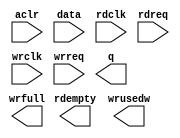
module fifo_128x128a (
	aclr,
	data,
	rdclk,
	rdreq,
	wrclk,
	wrreq,
	q,
	rdempty,
	wrfull,
	wrusedw);

	input	  aclr;
	input	[127:0]  data;
	input	  rdclk;
	input	  rdreq;
	input	  wrclk;
	input	  wrreq;
	output	[127:0]  q;
	output	  rdempty;
	output	  wrfull;
	output	[6:0]  wrusedw;

endmodule